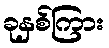
ခုနှစ်ကြား